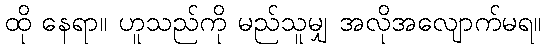
ထို နေရာ။ ဟူသည်ကို မည်သူမျှ အလိုအလျောက်မရ။